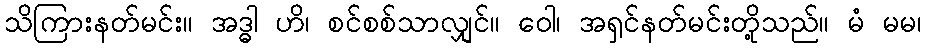
သိကြားနတ်မင်း။ အဒ္ဓါ ဟိ၊ စင်စစ်သာလျှင်။ ဝေါ၊ အရှင်နတ်မင်းတို့သည်။ မံ မမ၊